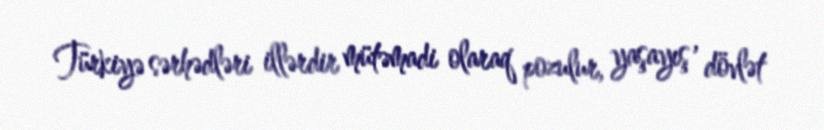
Türkiyə sərhədləri illərdir mütəmadi olaraq pozulur, yaşayış , dövlət